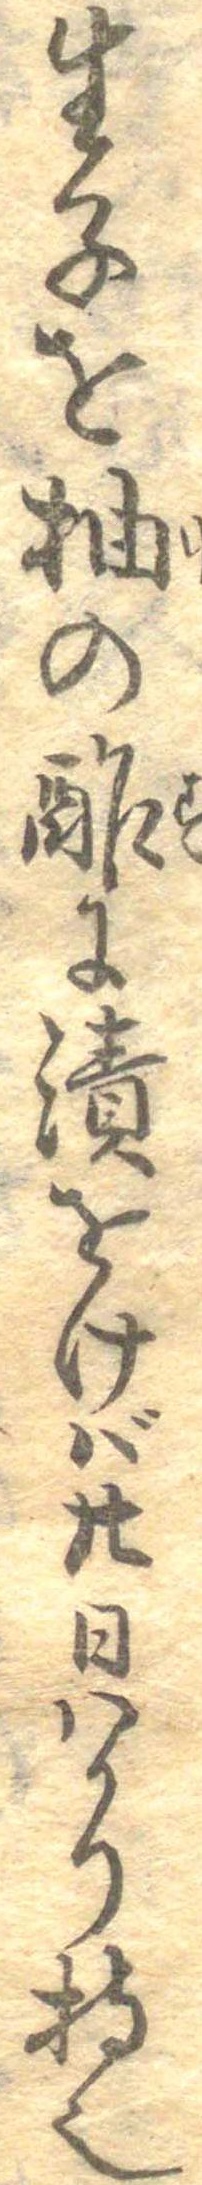
生子を柚の酢に漬をけば廿日はかり持也